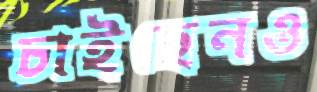
চাইছেনও